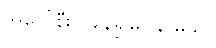
အပေါ်စီးကနေရှုမြင်နိုင်မယ်။